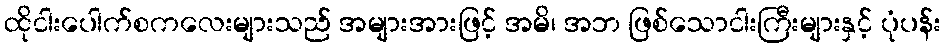
ထိုငါးပေါက်စကလေးများသည် အများအားဖြင့် အမိ၊ အဘ ဖြစ်သောငါးကြီးများနှင့် ပုံပန်း